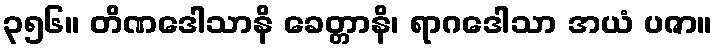
၃၅၆။ တိဏဒေါသာနိ ခေတ္တာနိ၊ ရာဂဒေါသာ အယံ ပဇာ။